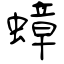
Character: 蟑